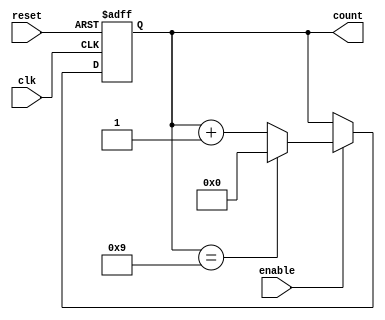
module ModulusCounter #(parameter MODULUS = 10, // Set default modulus value
                        parameter N = $clog2(MODULUS)) // Calculate number of bits needed
(
    input wire clk,          // Clock signal
    input wire reset,        // Asynchronous reset signal
    input wire enable,       // Enable signal
    output reg [N-1:0] count // N-bit output for the current count value
);

// Always block triggered by the clock edge
always @(posedge clk or posedge reset) begin
    if (reset) begin
        count <= 0; // Reset count to 0 when reset is asserted
    end else if (enable) begin
        if (count == MODULUS - 1) begin
            count <= 0; // Wrap around when reaching modulus
        end else begin
            count <= count + 1; // Increment count
        end
    end
end

endmodule